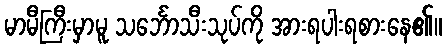
မာမီကြီးမှာမူ သင်္ဘောသီးသုပ်ကို အားရပါးရစားနေ၏။